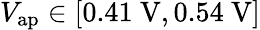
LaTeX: V_{\mathrm{ap}}\in[0.41~\mathrm{V},0.54~\mathrm{V}]